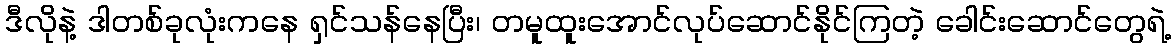
ဒီလိုနဲ့ ဒါတစ်ခုလုံးကနေ ရှင်သန်နေပြီး၊ တမူထူးအောင်လုပ်ဆောင်နိုင်ကြတဲ့ ခေါင်းဆောင်တွေရဲ့